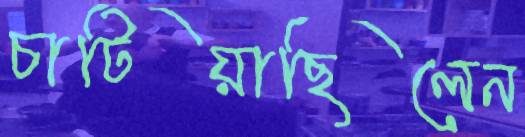
চাটিয়াছিলেন